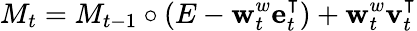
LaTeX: M_{t}=M_{t-1}\circ(E-\mathbf{w}_{t}^{w}\mathbf{e}_{t}^{\intercal})+\mathbf{w}_{t}^{w}\mathbf{v}_{t}^{\intercal}